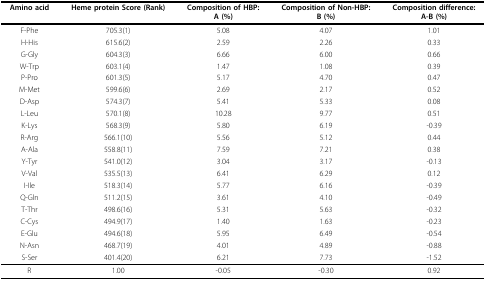
<table><thead><tr><td><b>Amino acid</b></td><td><b>Heme protein Score (Rank)</b></td><td><b>Composition of HBP:A (%)</b></td><td><b>Composition of Non-HBP:B (%)</b></td><td><b>Composition difference:A-B (%)</b></td></tr></thead><tbody><tr><td>F-Phe</td><td>705.3(1)</td><td>5.08</td><td>4.07</td><td>1.01</td></tr><tr><td>H-His</td><td>615.6(2)</td><td>2.59</td><td>2.26</td><td>0.33</td></tr><tr><td>G-Gly</td><td>604.3(3)</td><td>6.66</td><td>6.00</td><td>0.66</td></tr><tr><td>W-Trp</td><td>603.1(4)</td><td>1.47</td><td>1.08</td><td>0.39</td></tr><tr><td>P-Pro</td><td>601.3(5)</td><td>5.17</td><td>4.70</td><td>0.47</td></tr><tr><td>M-Met</td><td>599.6(6)</td><td>2.69</td><td>2.17</td><td>0.52</td></tr><tr><td>D-Asp</td><td>574.3(7)</td><td>5.41</td><td>5.33</td><td>0.08</td></tr><tr><td>L-Leu</td><td>570.1(8)</td><td>10.28</td><td>9.77</td><td>0.51</td></tr><tr><td>K-Lys</td><td>568.3(9)</td><td>5.80</td><td>6.19</td><td>-0.39</td></tr><tr><td>R-Arg</td><td>566.1(10)</td><td>5.56</td><td>5.12</td><td>0.44</td></tr><tr><td>A-Ala</td><td>558.8(11)</td><td>7.59</td><td>7.21</td><td>0.38</td></tr><tr><td>Y-Tyr</td><td>541.0(12)</td><td>3.04</td><td>3.17</td><td>-0.13</td></tr><tr><td>V-Val</td><td>535.5(13)</td><td>6.41</td><td>6.29</td><td>0.12</td></tr><tr><td>I-Ile</td><td>518.3(14)</td><td>5.77</td><td>6.16</td><td>-0.39</td></tr><tr><td>Q-Gln</td><td>511.2(15)</td><td>3.61</td><td>4.10</td><td>-0.49</td></tr><tr><td>T-Thr</td><td>498.6(16)</td><td>5.31</td><td>5.63</td><td>-0.32</td></tr><tr><td>C-Cys</td><td>494.9(17)</td><td>1.40</td><td>1.63</td><td>-0.23</td></tr><tr><td>E-Glu</td><td>494.6(18)</td><td>5.95</td><td>6.49</td><td>-0.54</td></tr><tr><td>N-Asn</td><td>468.7(19)</td><td>4.01</td><td>4.89</td><td>-0.88</td></tr><tr><td>S-Ser</td><td>401.4(20)</td><td>6.21</td><td>7.73</td><td>-1.52</td></tr><tr><td>R</td><td>1.00</td><td>-0.05</td><td>-0.30</td><td>0.92</td></tr></tbody></table>